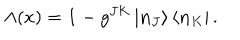
LaTeX: \Lambda ( x ) = \mathbf { 1 } - g ^ { J K } \left| \mathbf { n } _ { J } \right\rangle \left\langle \mathbf { n } _ { K } \right| .